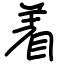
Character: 着